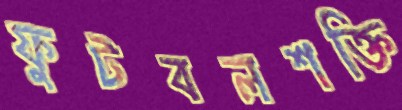
ফুটবলশক্তি